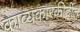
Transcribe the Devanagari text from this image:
काव्यकारकीर्दीत